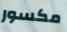
مكسور